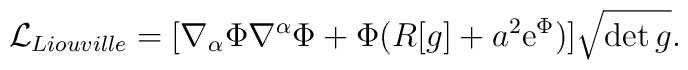
{\cal L}_{Liouville} =[\nabla_\alpha \Phi \nabla^\alpha \Phi +\Phi(R[g]+a^2  {\rm e}^\Phi ) ]\sqrt { \det  g}.